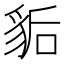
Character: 𧲿